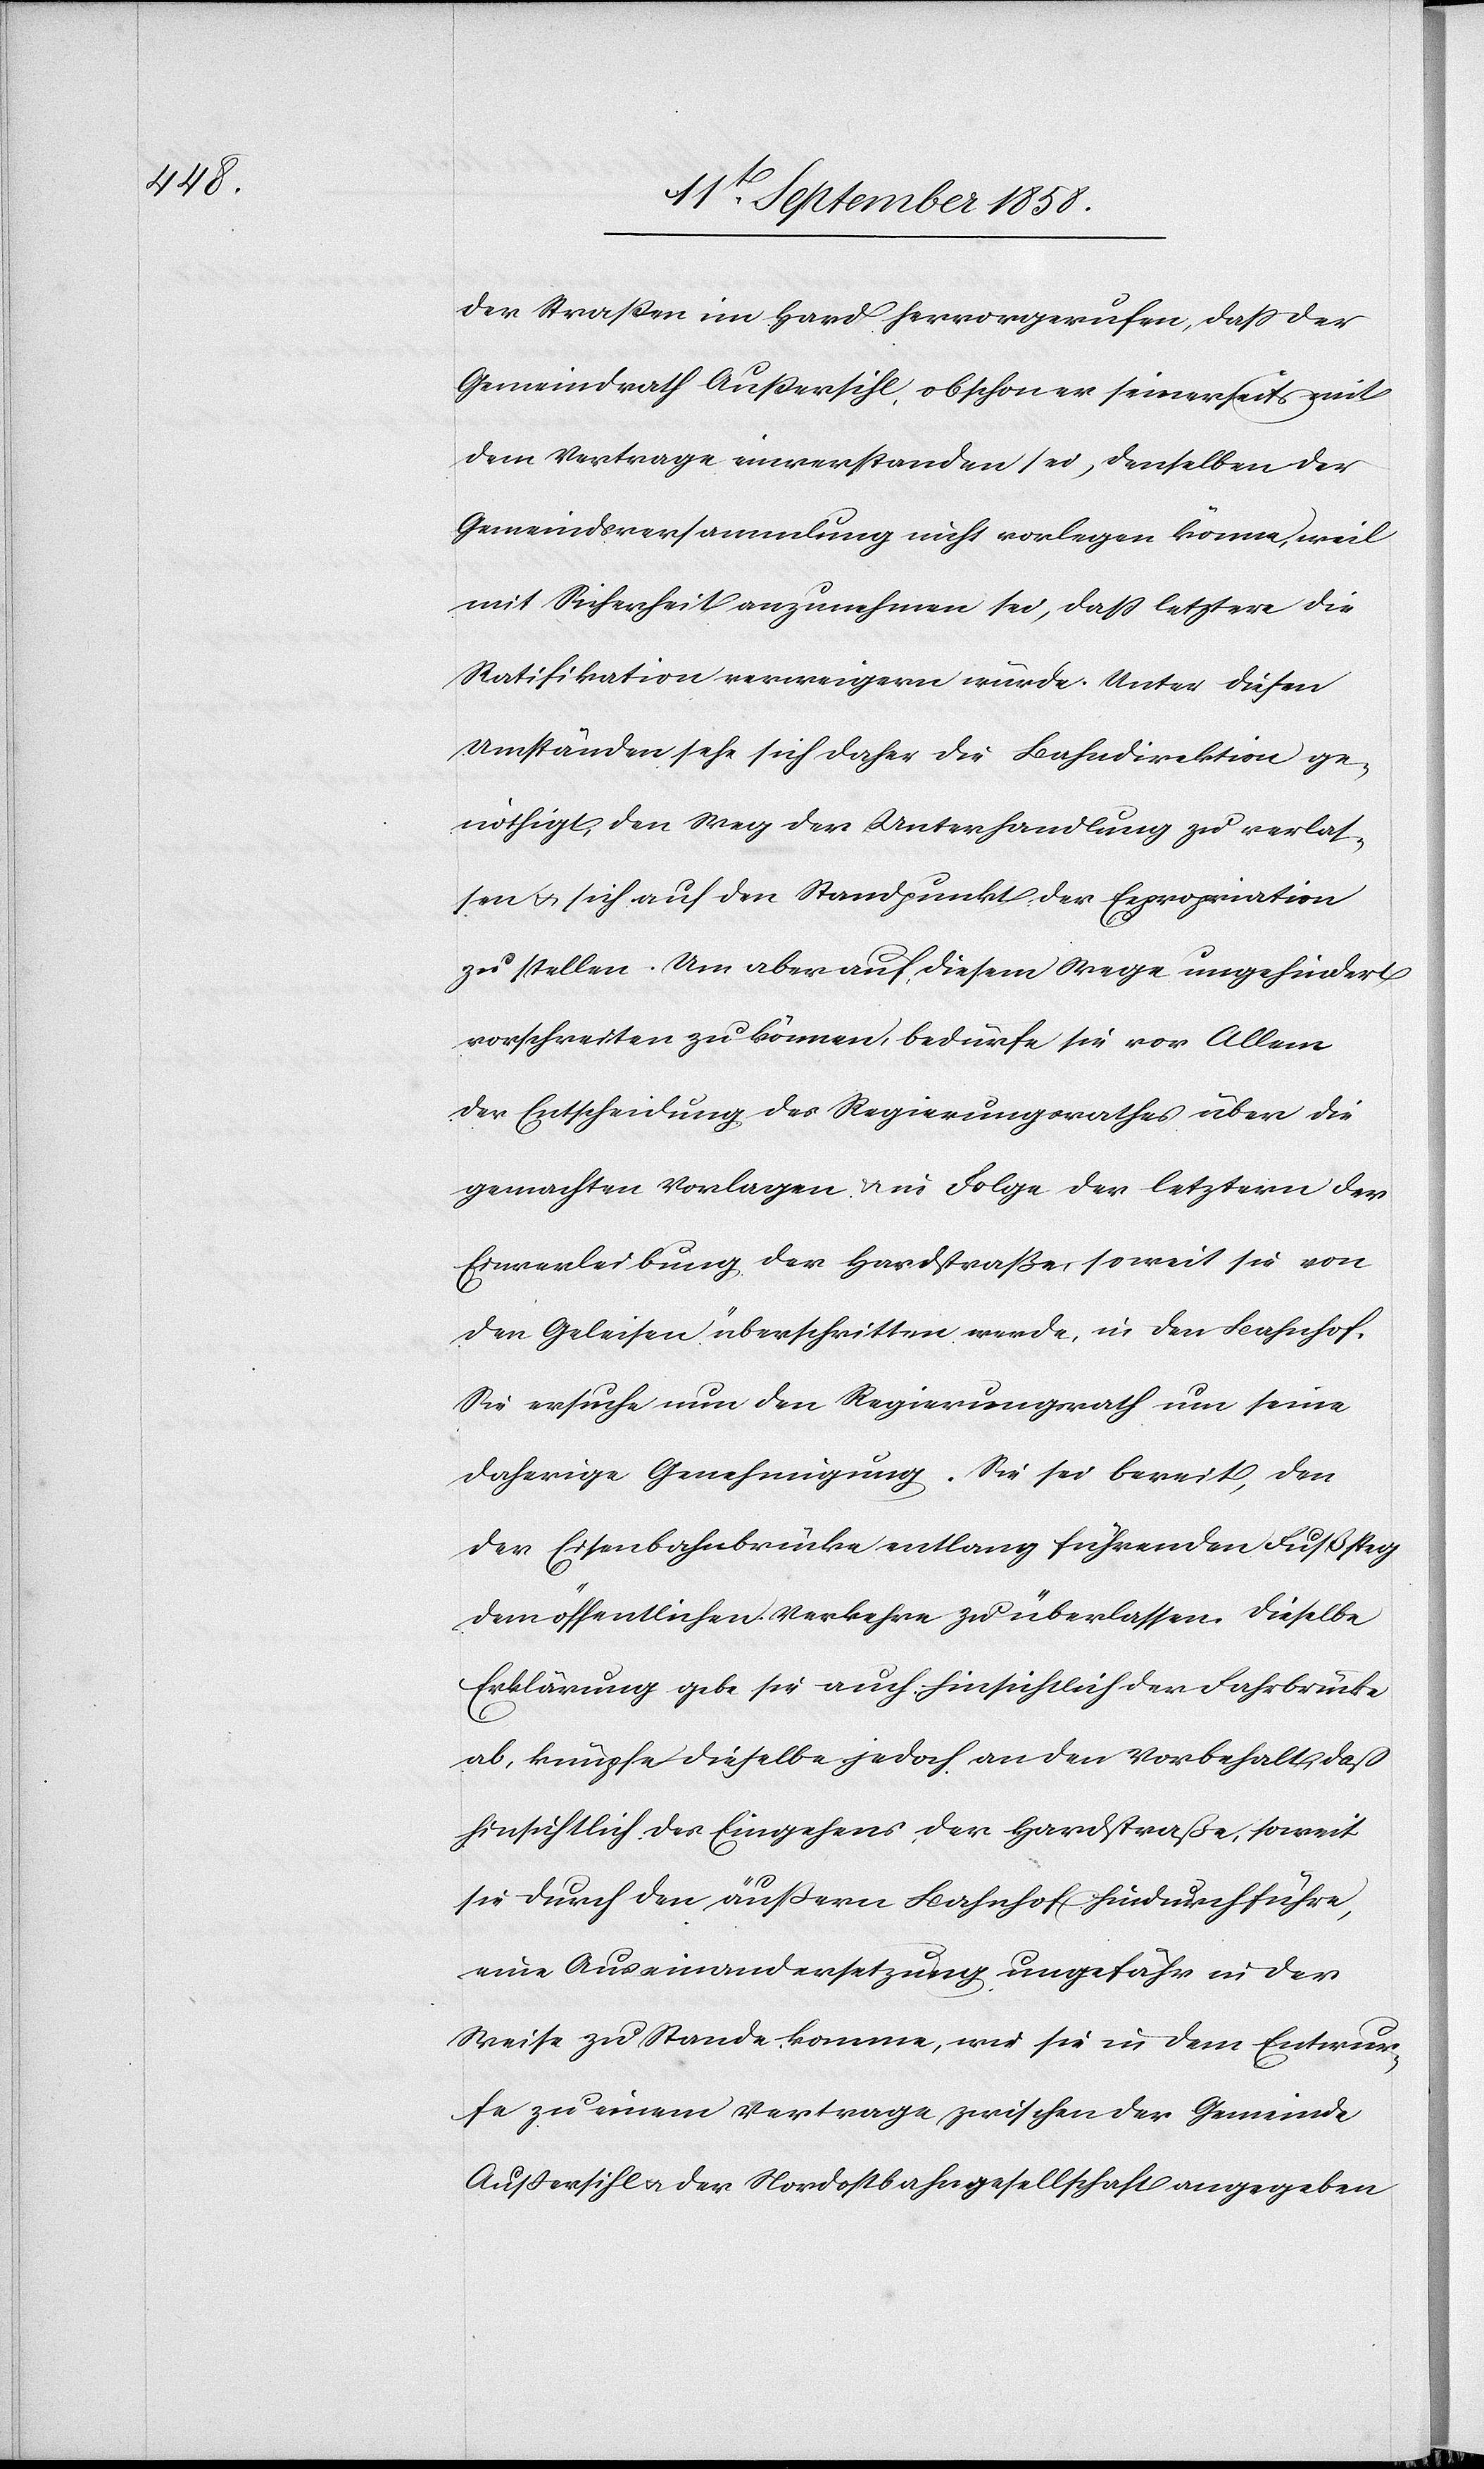
der Straßen im Hard hervorgerufen, dass der
Gemeindrath Außersihl, obschon er seinerseits mit
dem Vertrage einverstanden sei, denselben der
Gemeindsversammlung nicht vorlegen könne, weil
mit Sicherheit anzunehmen sei, daß letztere die
Ratifikation verweigern würde. Unter diesen
Umständen sehe sich daher die Bahndirektion ge¬
nöthigt, den Weg der Unterhandlung zu verlas¬
sen & sich auf den Standpunkt der Expropriation
zu stellen. Um aber auf diesem Wege ungehindert
vorschreiten zu können, bedürfe sie vor Allem
der Entscheidung des Regierungsrathes über die
gemachten Vorlagen & in Folge der letztern der
Einverleibung der Hardstraße, soweit sie von
den Geleisen überschritten werde, in den Bahnhof.
Sie ersuche nun den Regierungsrath um seine
daherige Genehmigung. Sie sei bereit, den
der Eisenbahnbrücke entlang führenden Fußsteg
dem öffentlichen Verkehre zu überlassen. Dieselbe
Erklärung gebe sie auch hinsichtlich der Fahrbrücke
ab, knüpfe dieselbe jedoch an den Vorbehalt, daß
hinsichtlich des Eingehens der Hardstraße, soweit
sie durch den äußern Bahnhof hindurchführe,
eine Auseinandersetzung ungefähr in der
Weise zu Stande komme, wie sie in dem Entwur¬
fe zu einem Vertrage zwischen der Gemeinde
Außersihl & der Nordostbahngesellschaft angegeben